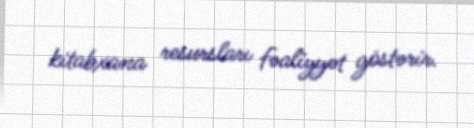
kitabxana resursları fəaliyyət göstərir.